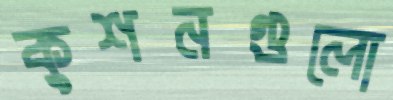
কুশনগুলো